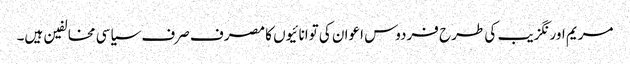
مریم اورنگزیب کی طرح فردوس اعوان کی توانائیوں کا مصرف صرف سیاسی مخالفین ہیں۔